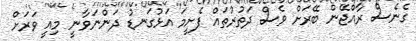
ގެނެސް ރާއްޖޭން ބޭރަށް ވެސް ދަތުރުތައް ފެށީމަ އަޅުގަނޑު ދަންނަވާނީ މިއީ ވަރަށް